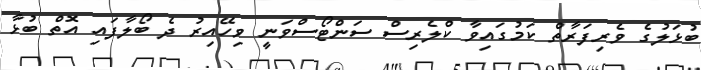
ބުޅަލުގެ ވެރިފަރާތް ކަމުގައިވާ ކްލެރިސް ސަންޓޯސްވަނީ ވިހޭއިރު ދެ ބޯލާފައި އޮތް ބުޅާ